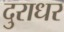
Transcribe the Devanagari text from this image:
दुराधर